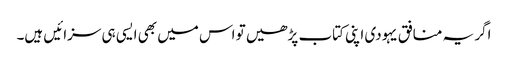
اگر یہ منافق یہودی اپنی کتاب پڑھیں تو اس میں بھی ایسی ہی سزائیں ہیں۔